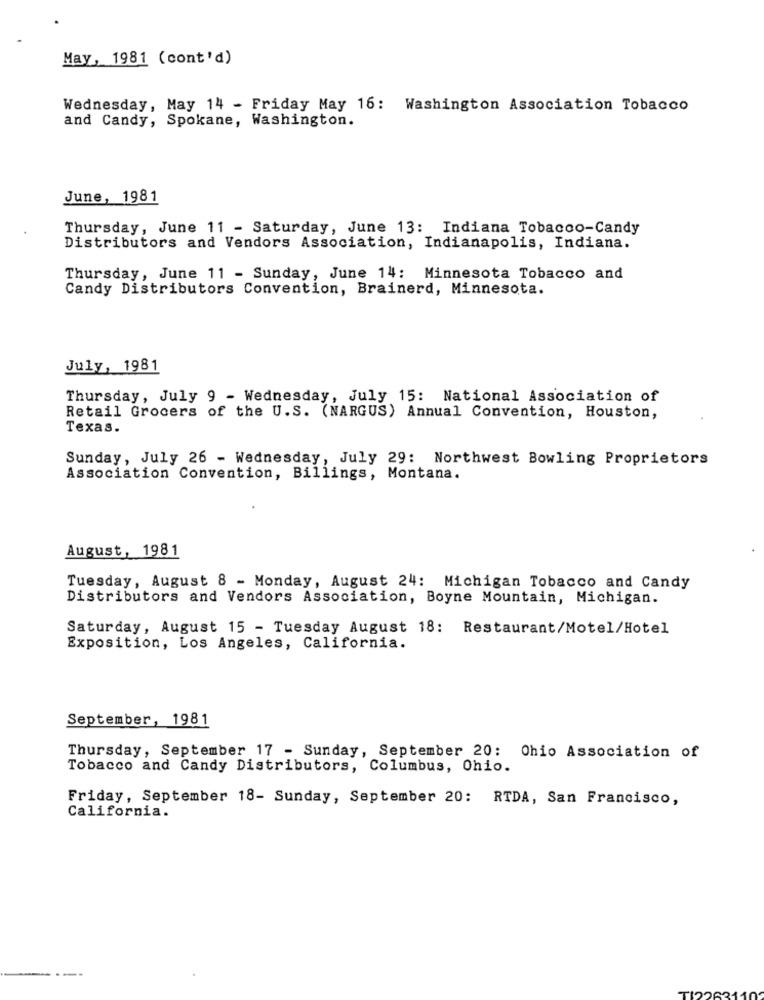
May, 1981 (cont'd)
Wednesday, May 14 - Friday May 16: Washington Association Tobacco
and Candy, Spokane, Washington.
June, 1981
Thursday, June 11 - Saturday, June 13: Indiana Tobacco-Candy
Distributors and Vendors Association, Indianapolis, Indiana.
Thursday, June 11 - Sunday, June 14: Minnesota Tobacco and
Candy Distributors Convention, Brainerd, Minnesota.
July, 1981
Thursday, July 9 - Wednesday, July 15: National Association of
Retail Grocers of the U.S. (NARGUS) Annual Convention, Houston,
Texas.
Sunday, July 26 - Wednesday, July 29: Northwest Bowling Proprietors
Association Convention, Billings, Montana.
August, 1981
Tuesday, August 8 - Monday, August 24: Michigan Tobacco and Candy
Distributors and Vendors Association, Boyne Mountain, Michigan.
Saturday, August 15 - Tuesday August 18: Restaurant/Motel/Hotel
Exposition, Los Angeles, California.
September, 1981
Thursday, September 17 - Sunday, September 20: Ohio Association of
Tobacco and Candy Distributors, Columbus, Ohio.
Friday, September 18- Sunday, September 20: RTDA, San Francisco,
California.